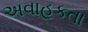
અવાહકતા